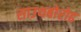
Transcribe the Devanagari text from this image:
साउथबोरोह